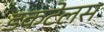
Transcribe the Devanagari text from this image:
डकटेलस